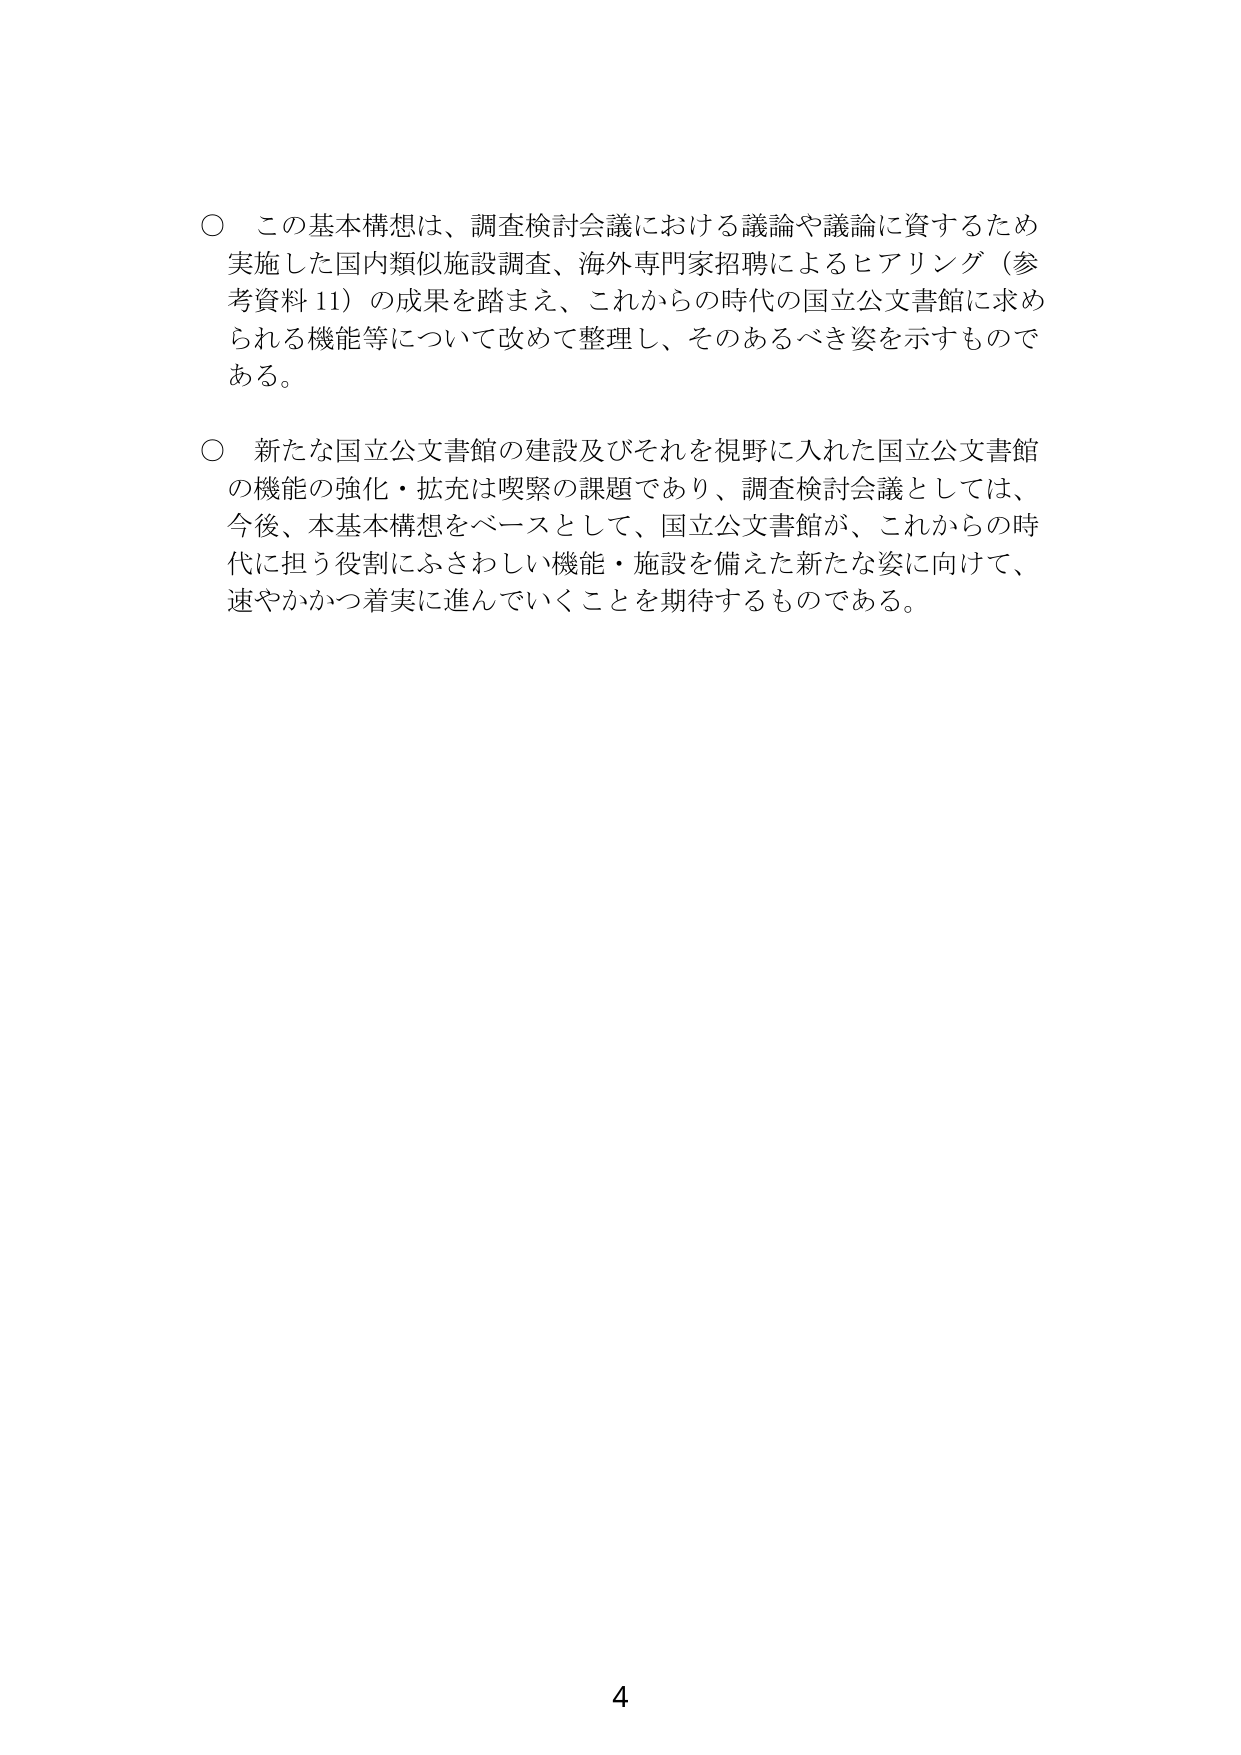
○ この基本構想は、調査検討会議における議論や議論に資するため
実施した国内類似施設調査、海外専門家招聘によるヒアリング（参考資料11）の成果を踏まえ、これからの時代の国立公文書館に求められる機能等について改めて整理し、そのあるべき姿を示すものである。

○ 新たな国立公文書館の建設及びそれを視野に入れた国立公文書館の機能の強化・拡充は喫緊の課題であり、調査検討会議としては、今後、本基本構想をベースとして、国立公文書館が、これからの時代に担う役割にふさわしい機能・施設を備えた新たな姿に向けて、速やかかつ着実に進んでいくことを期待するものである。

4